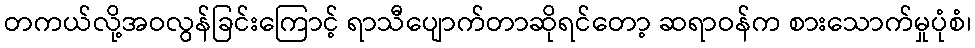
တကယ်လို့အဝလွန်ခြင်းကြောင့် ရာသီပျောက်တာဆိုရင်တော့ ဆရာဝန်က စားသောက်မှုပုံစံ၊